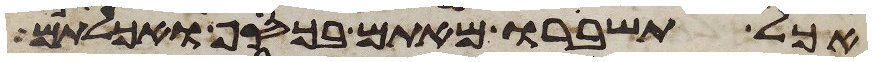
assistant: אכל תשברו מאתם בכסף ואכלתם